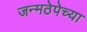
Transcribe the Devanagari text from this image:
जन्मठेपेच्या